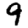
Digit: 9